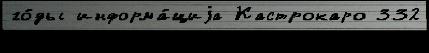
го́ды информа́циjа Кастрокаро 332